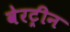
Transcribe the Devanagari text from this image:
वेरट्रीन